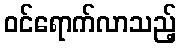
ဝင်ရောက်လာသည့်